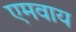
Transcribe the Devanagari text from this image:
एमवाय